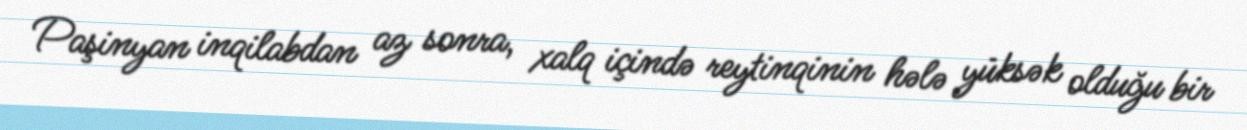
Paşinyan inqilabdan az sonra, xalq içində reytinqinin hələ yüksək olduğu bir